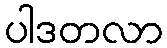
ပါဒတလာ